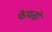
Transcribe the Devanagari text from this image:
फेफडो़